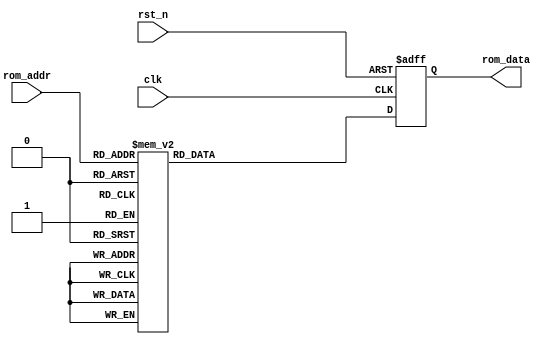
module rom_module
(
    input clk,
    input rst_n,
    
    input [3:0] rom_addr,
    output reg [7:0] rom_data
);

    always @(posedge clk or negedge rst_n)
    begin
        if(~rst_n)
            rom_data <= 8'd0;
        else
            case(rom_addr)
            
                0: rom_data <= 8'h5a;
                1: rom_data <= 8'h7e;
                2: rom_data <= 8'h7e;
                3: rom_data <= 8'h7e;
                4: rom_data <= 8'h7e;
                5: rom_data <= 8'h7e;
                6: rom_data <= 8'h7e;
                7: rom_data <= 8'h7e;
                8: rom_data <= 8'h7e;
                9: rom_data <= 8'h7e;
                10: rom_data <= 8'h7e;
                11: rom_data <= 8'h7e;
                12: rom_data <= 8'h7e;
                13: rom_data <= 8'h7e;
                14: rom_data <= 8'h7e;
                15: rom_data <= 8'h6b;
            
            endcase
    end
    
    
endmodule